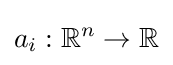
a_{i}:\mathbb {R} ^{n}\to \mathbb {R}